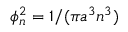
\phi _ { n } ^ { 2 } = 1 / ( \pi a ^ { 3 } n ^ { 3 } )